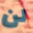
لن